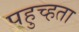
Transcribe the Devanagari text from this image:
पहुच्हता